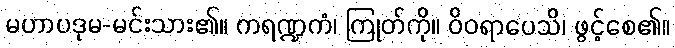
မဟာပဒုမ-မင်းသား၏။ ကရဏ္ဍကံ၊ ကြုတ်ကို။ ဝိဝရာပေသိ၊ ဖွင့်စေ၏။